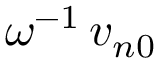
\omega ^ { - 1 } \, v _ { n 0 }